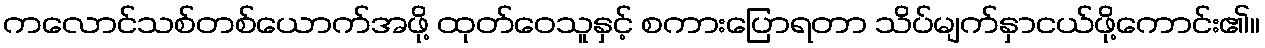
ကလောင်သစ်တစ်ယောက်အဖို့ ထုတ်ဝေသူနှင့် စကားပြောရတာ သိပ်မျက်နှာငယ်ဖို့ကောင်း၏။